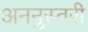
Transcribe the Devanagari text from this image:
अननुस्तरी